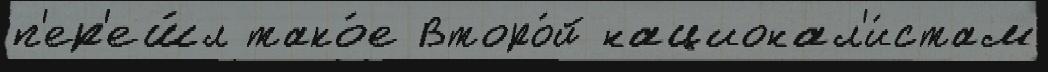
п'ер'еш́л тако́е Второ́й национал'и́стам